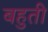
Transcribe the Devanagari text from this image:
बहुती